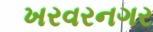
ખરવરનગર